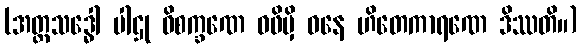
(အတ္တသဒ္ဓေါ ပါဌု ဝိစက္ခဏေ ဝဖိမှိ ဓနေ ဟိတေကာရဏေ ဒိဿတိ။)